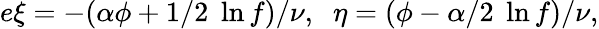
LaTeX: e\xi=-(\alpha\phi+1/2\; \ln f)/\nu,\; \; \eta=(\phi-\alpha/2\; \ln f)/\nu,